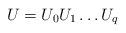
LaTeX: \begin{align*}U = U_0U_1\dots U_q\end{align*}